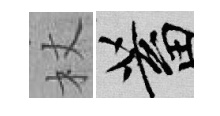
杖蓄